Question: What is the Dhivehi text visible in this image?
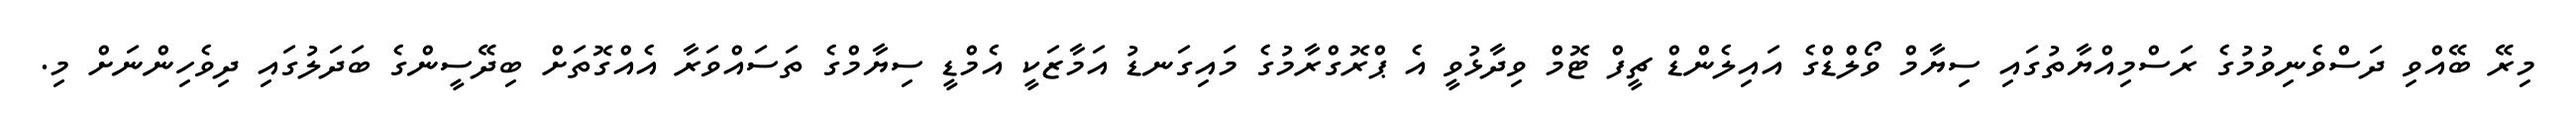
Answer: މިރޭ ބޭއްވި ދަސްވެނިވުމުގެ ރަސްމިއްޔާތުގައި ސިޔާމް ވޯލްޑްގެ އައިލެންޑް ޗީފް ޓޮމް ވިދާޅުވީ އެ ޕްރޮގްރާމުގެ މައިގަނޑު އަމާޒަކީ އެމްޑީ ސިޔާމްގެ ތަސައްވަރާ އެއްގޮތަށް ބިދޭސީންގެ ބަދަލުގައި ދިވެހިންނަށް މި.